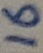
Text: 16